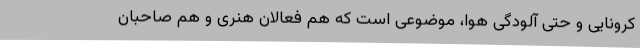
کرونایی و حتی آلودگی هوا، موضوعی است که هم فعالان هنری و هم صاحبان